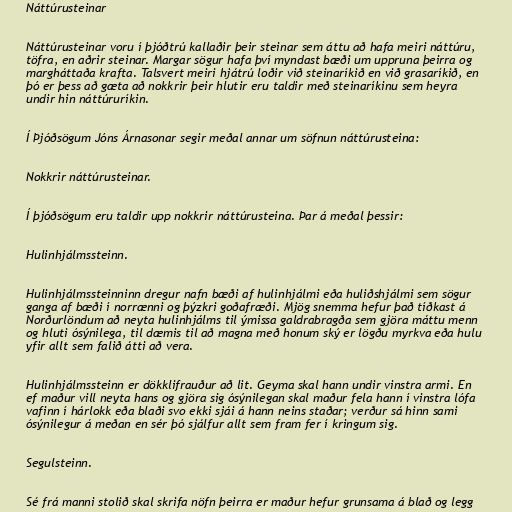
Náttúrusteinar

Náttúrusteinar voru í þjóðtrú kallaðir þeir steinar sem áttu að hafa meiri náttúru,
töfra, en aðrir steinar. Margar sögur hafa því myndast bæði um uppruna þeirra og
margháttaða krafta. Talsvert meiri hjátrú loðir við steinaríkið en við grasaríkið, en
þó er þess að gæta að nokkrir þeir hlutir eru taldir með steinaríkinu sem heyra
undir hin náttúruríkin.

Í Þjóðsögum Jóns Árnasonar segir meðal annar um söfnun náttúrusteina:

Nokkrir náttúrusteinar.

Í þjóðsögum eru taldir upp nokkrir náttúrusteina. Þar á meðal þessir:

Hulinhjálmssteinn.

Hulinhjálmssteinninn dregur nafn bæði af hulinhjálmi eða huliðshjálmi sem sögur
ganga af bæði í norrænni og þýzkri goðafræði. Mjög snemma hefur það tíðkast á
Norðurlöndum að neyta hulinhjálms til ýmissa galdrabragða sem gjöra máttu menn
og hluti ósýnilega, til dæmis til að magna með honum ský er lögðu myrkva eða hulu
yfir allt sem falið átti að vera.

Hulinhjálmssteinn er dökklifrauður að lit. Geyma skal hann undir vinstra armi. En
ef maður vill neyta hans og gjöra sig ósýnilegan skal maður fela hann í vinstra lófa
vafinn í hárlokk eða blaði svo ekki sjái á hann neins staðar; verður sá hinn sami
ósýnilegur á meðan en sér þó sjálfur allt sem fram fer í kringum sig.

Segulsteinn.

Sé frá manni stolið skal skrifa nöfn þeirra er maður hefur grunsama á blað og legg